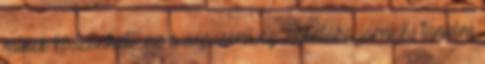
minek köszönhető ez a népszerűség. Iskolába járni és tanulni